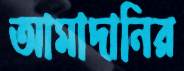
আমাদানির